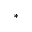
^ *